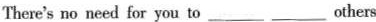
There's no need for you to___ ___ others